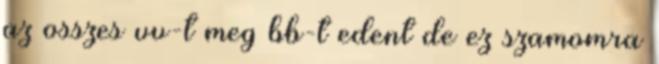
az osszes vv-t meg bb-t edent de ez szamomra